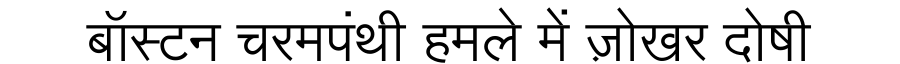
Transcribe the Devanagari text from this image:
बॉस्टन चरमपंथी हमले में ज़ोखर दोषी